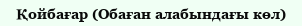
Қойбағар (Обаған алабындағы көл)